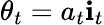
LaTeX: \theta_{t}=a_{t}\mathbf{i}_{t}